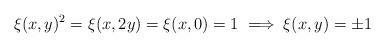
LaTeX: \begin{align*}\xi(x,y)^2=\xi(x,2y)=\xi(x,0)=1 \implies \xi(x,y)= \pm 1\end{align*}